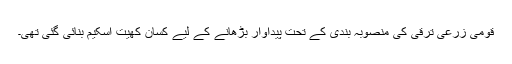
قومی زرعی ترقی کی منصوبہ بندی کے تحت پیداوار بڑھانے کے لیے کسان کھیت اسکیم بنائی گئی تھی۔